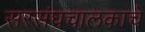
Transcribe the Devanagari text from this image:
सरसंघचालकाचे